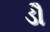
ડૌ